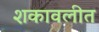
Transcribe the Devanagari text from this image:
शकावलीत